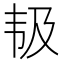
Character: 𱂃